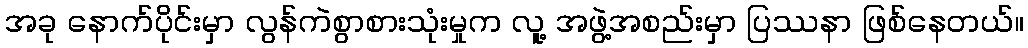
အခု နောက်ပိုင်းမှာ လွန်ကဲစွာစားသုံးမှုက လူ့ အဖွဲ့အစည်းမှာ ပြဿနာ ဖြစ်နေတယ်။